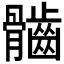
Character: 𩪲